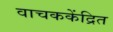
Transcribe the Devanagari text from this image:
वाचककेंद्रित